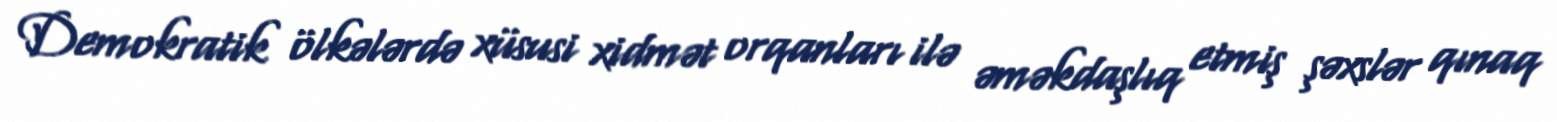
Demokratik ölkələrdə xüsusi xidmət orqanları ilə əməkdaşlıq etmiş şəxslər qınaq